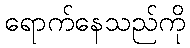
ရောက်နေသည်ကို